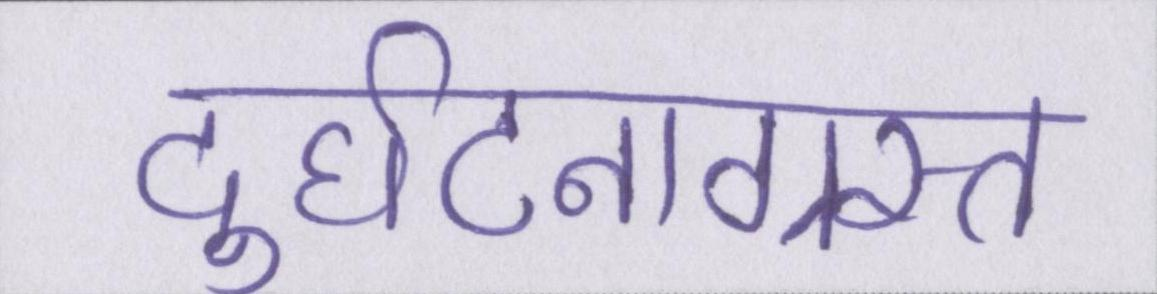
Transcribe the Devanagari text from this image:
दुर्घटनाग्रस्त